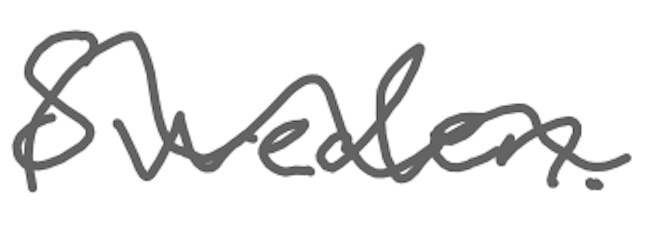
Text: Sweden.
Cross-out: wave
Writing tool: digital_gray